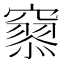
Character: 𥨞